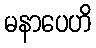
မနာပေဟိ